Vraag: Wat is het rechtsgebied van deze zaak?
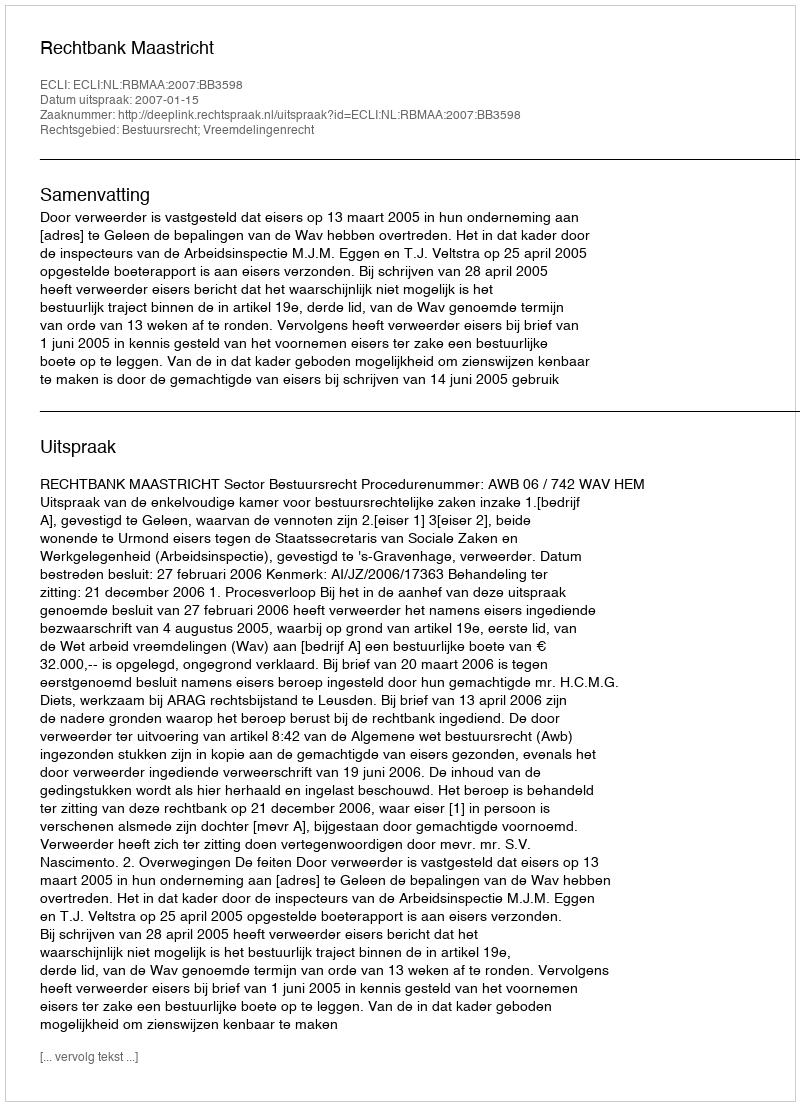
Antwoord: Bestuursrecht; Vreemdelingenrecht